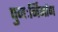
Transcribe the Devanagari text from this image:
पुनःर्निर्माण